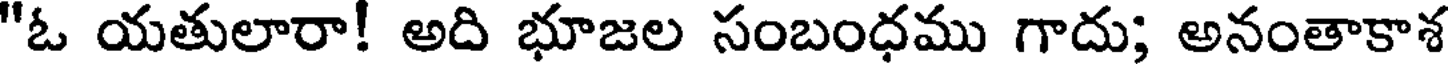
"ఓ యతులారా! అది భూజల సంబంధము గాదు; అనంతాకాశ